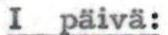
I päivä: